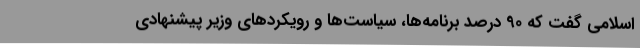
اسلامی گفت که 90 درصد برنامه‌ها، سیاست‌ها و رویکردهای وزیر پیشنهادی